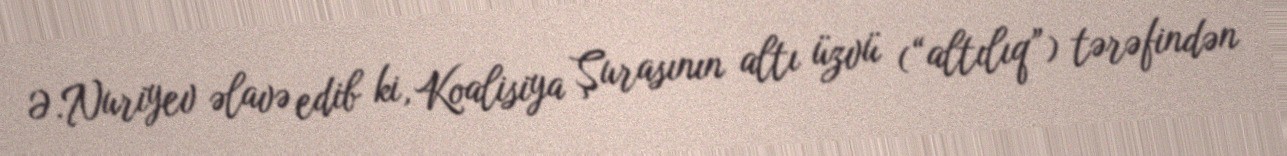
Ə.Nuriyev əlavə edib ki, Koalisiya Şurasının altı üzvü (“altılıq”) tərəfindən